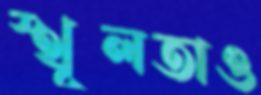
স্থূলতাও